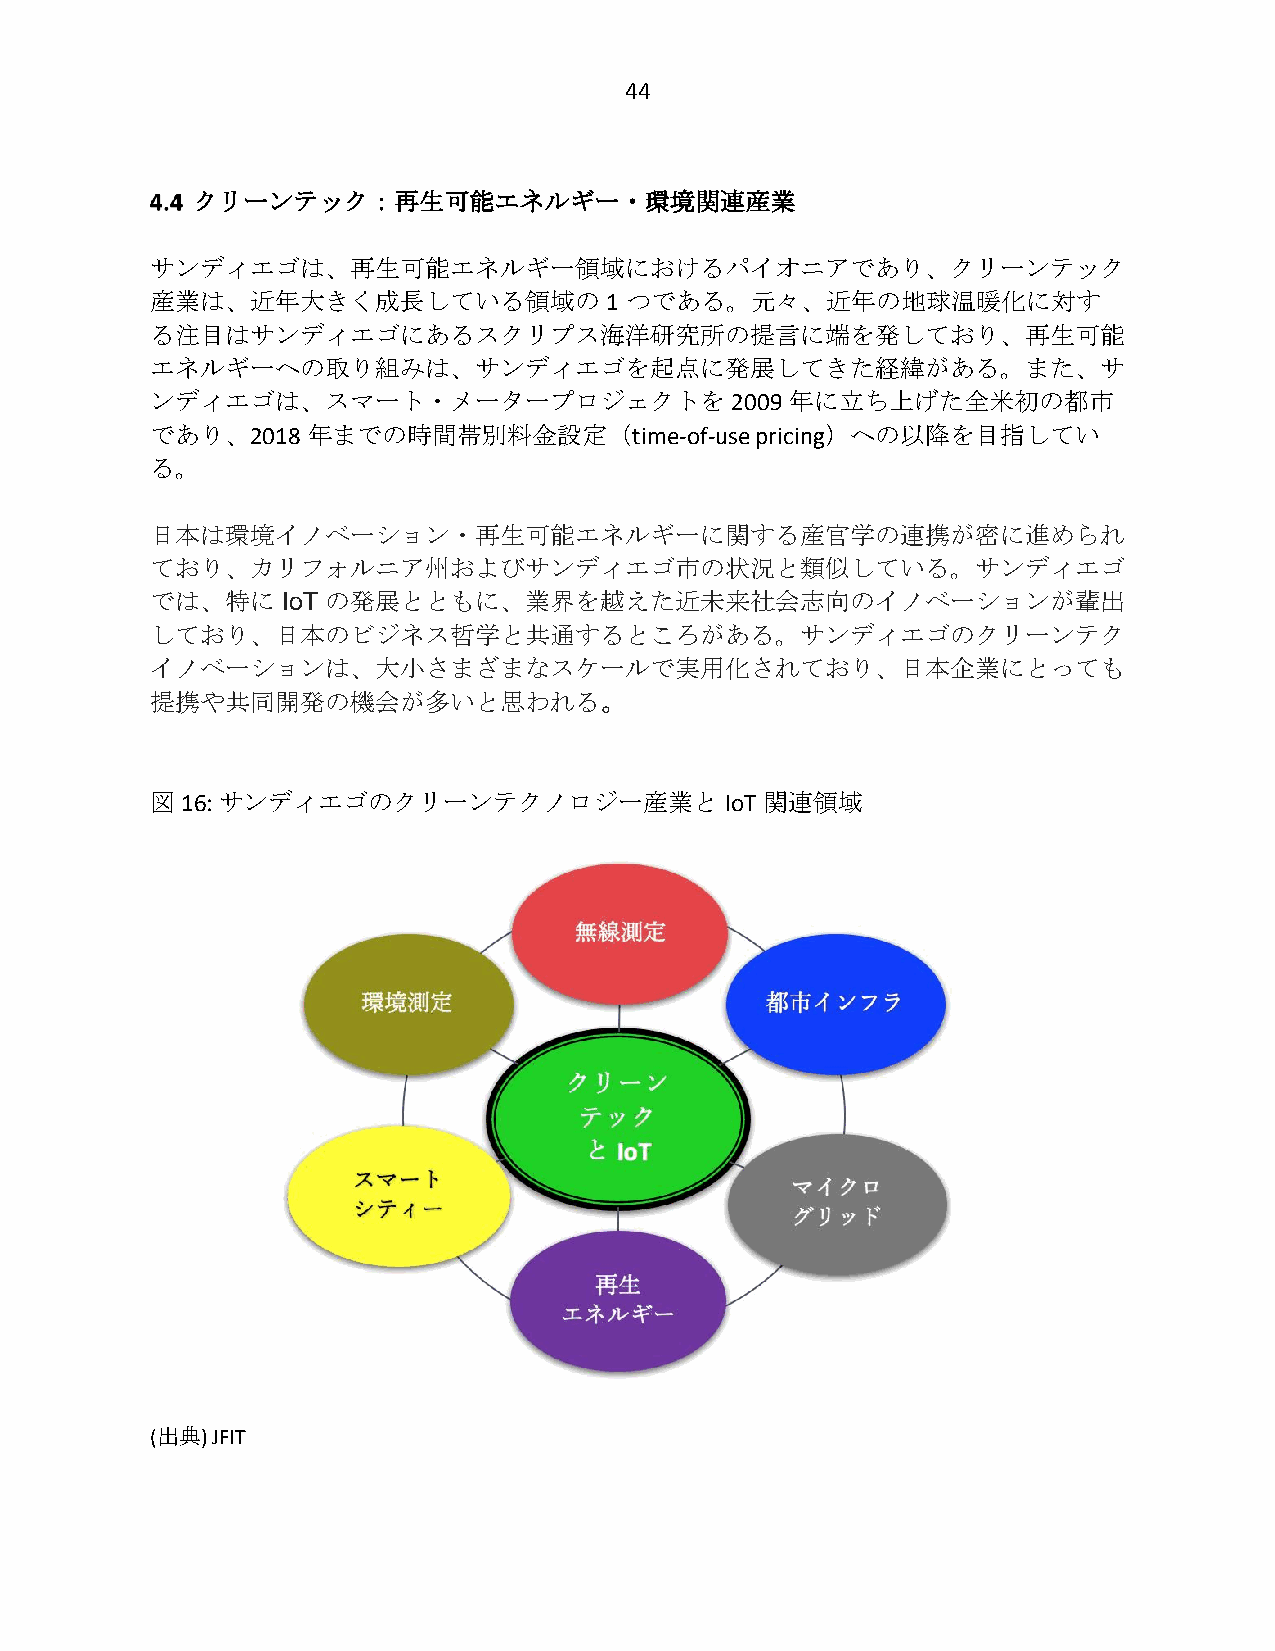
44
 クリーンテック：再生可能エネルギー・環境関連産業
 サンディエゴは、再生可能エネルギー領域におけるパイオニアであり、クリーンテック
 産業は、近年大きく成長している領域の            1 つである。元々、近年の地球温暖化に対す
 る注目はサンディエゴにあるスクリプス海洋研究所の提言に端を発しており、再生可能
 エネルギーへの取り組みは、サンディエゴを起点に発展してきた経緯がある。また、サ
 ンディエゴは、スマート・メータープロジェクトを               2009 年に立ち上げた全米初の都市
 であり、2018  年までの時間帯別料金設定（time-of-use      pricing）への以降を目指してい
 る。
 日本は環境イノベーション・再生可能エネルギーに関する産官学の連携が密に進められ
 ており、カリフォルニア州およびサンディエゴ市の状況と類似している。サンディエゴ
 では、特に    IoT の発展とともに、業界を越えた近未来社会志向のイノベーションが輩出
 しており、日本のビジネス哲学と共通するところがある。サンディエゴのクリーンテク
 イノベーションは、大小さまざまなスケールで実用化されており、日本企業にとっても
 提携や共同開発の機会が多いと思われる。
 図 16: サンディエゴのクリーンテクノロジー産業とIoT            関連領域
 (出典) JFIT